Civil Veterinary Department. Madras. Admin. report 1910-25 - 1910-1925
Year: 1910
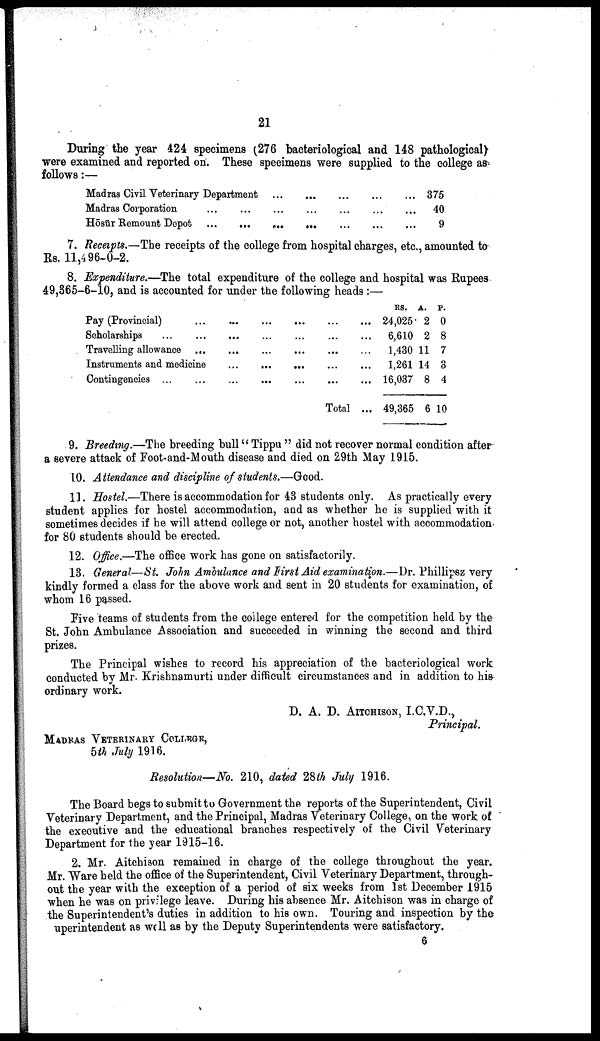
21
During the year 424 specimens (276 bacteriological and 148 pathological)
were examined and reported on. These specimens were supplied to the college as
follows:—
Madras Civil Veterinary Department
Madras Corporation ... ...
Hōsūr Remount Depot
...
...
...
...
...
...
...
...
...
...
...
...
...
...
...
...
...
375
40
9
7. Receipts.—The receipts of the college from hospital charges, etc., amounted to
Rs. 11,496-0-2.
8. Expenditure.—The total expenditure of the college and hospital was Rupees
49,365-6-10, and is accounted for under the following heads :—
Pay (Provincial) ...
Scholarships ... ...
Travelling allowance ...
Instruments and medicine
Contingencies ... ...
...
...
...
...
...
...
...
...
...
...
...
...
...
...
...
...
...
...
...
...
Total
...
...
...
...
...
...
RS.
24,025
6,610
1,430
1,261
16,037
49,365
A.
2
2
11
14
8
6
P.
0
8
7
3
4
10
9. Breeding.—The breeding bull "Tippu" did not recover normal condition after
a severe attack of Foot-and-Mouth disease and died on 29th May 1915.
10. Attendance and discipline of students.—Good.
11. Hostel.—There is accommodation for 43 students only. As practically every
student applies for hostel accommodation, and as whether he is supplied with it
sometimes decides if he will attend college or not, another hostel with accommodation
for 80 students should be erected.
12. Office.—The office work has gone on satisfactorily.
13. General—St. John Ambulance and First Aid examination.— Dr. Phillipsz very
kindly formed a class for the above work and sent in 20 students for examination, of
whom 16 passed.
Five teams of students from the college entered for the competition held by the
St. John Ambulance Association and succeeded in winning the second and third
prizes.
The Principal wishes to record his appreciation of the bacteriological work
conducted by Mr. Krishnamurti under difficult circumstances and in addition to his
ordinary work.
D. A. D. AITCHISON, I.C.V.D.,
Principal.
MADRAS VETERINARY COLLEGE,
5th July 1916.
Resolution—No. 210, dated 28th July 1916.
The Board begs to submit to Government the reports of the Superintendent, Civil
Veterinary Department, and the Principal, Madras Veterinary College, on the work of
the executive and the educational branches respectively of the Civil Veterinary
Department for the year 1915-16.
2. Mr. Aitchison remained in charge of the college throughout the year.
Mr. Ware held the office of the Superintendent, Civil Veterinary Department, through
out the year with the exception of a period of six weeks from 1st December 1915
when he was on privilege leave. During his absence Mr. Aitchison was in charge of
the Superintendent's duties in addition to his own. Touring and inspection by the
uperintendent as well as by the Deputy Superintendents were satisfactory.
6